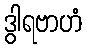
ဒွါရဗာဟံ